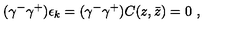
( \gamma ^ { - } \gamma ^ { + } ) \epsilon _ { k } = ( \gamma ^ { - } \gamma ^ { + } ) C ( z , \bar { z } ) = 0 \ ,